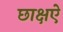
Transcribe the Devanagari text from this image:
छाक्षऐ